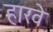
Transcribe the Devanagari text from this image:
हारवे